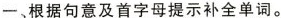
一、根据句意及首字母提示补全单词。